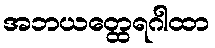
အဘယတ္ထေရဂါထာ